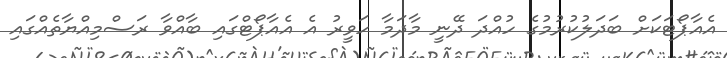
އެއާޕޯޓަކަށް ބަދަލުކުރުމުގެ ހުއްދަ ދޭނީ މާދަމާ ހަވީރު އެ އެއާޕޯޓްގައި ބާއްވާ ރަސްމިއްޔާތެއްގައި